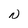
Character: N